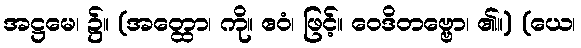
အဋ္ဌမေ၊ ၌။ (အတ္ထော၊ ကို။ ဧဝံ၊ ဖြင့်။ ဝေဒိတဗ္ဗော၊ ၏။) (ယေ၊